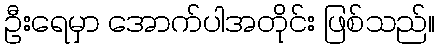
ဦးရေမှာ အောက်ပါအတိုင်း ဖြစ်သည်။